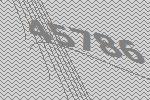
45786